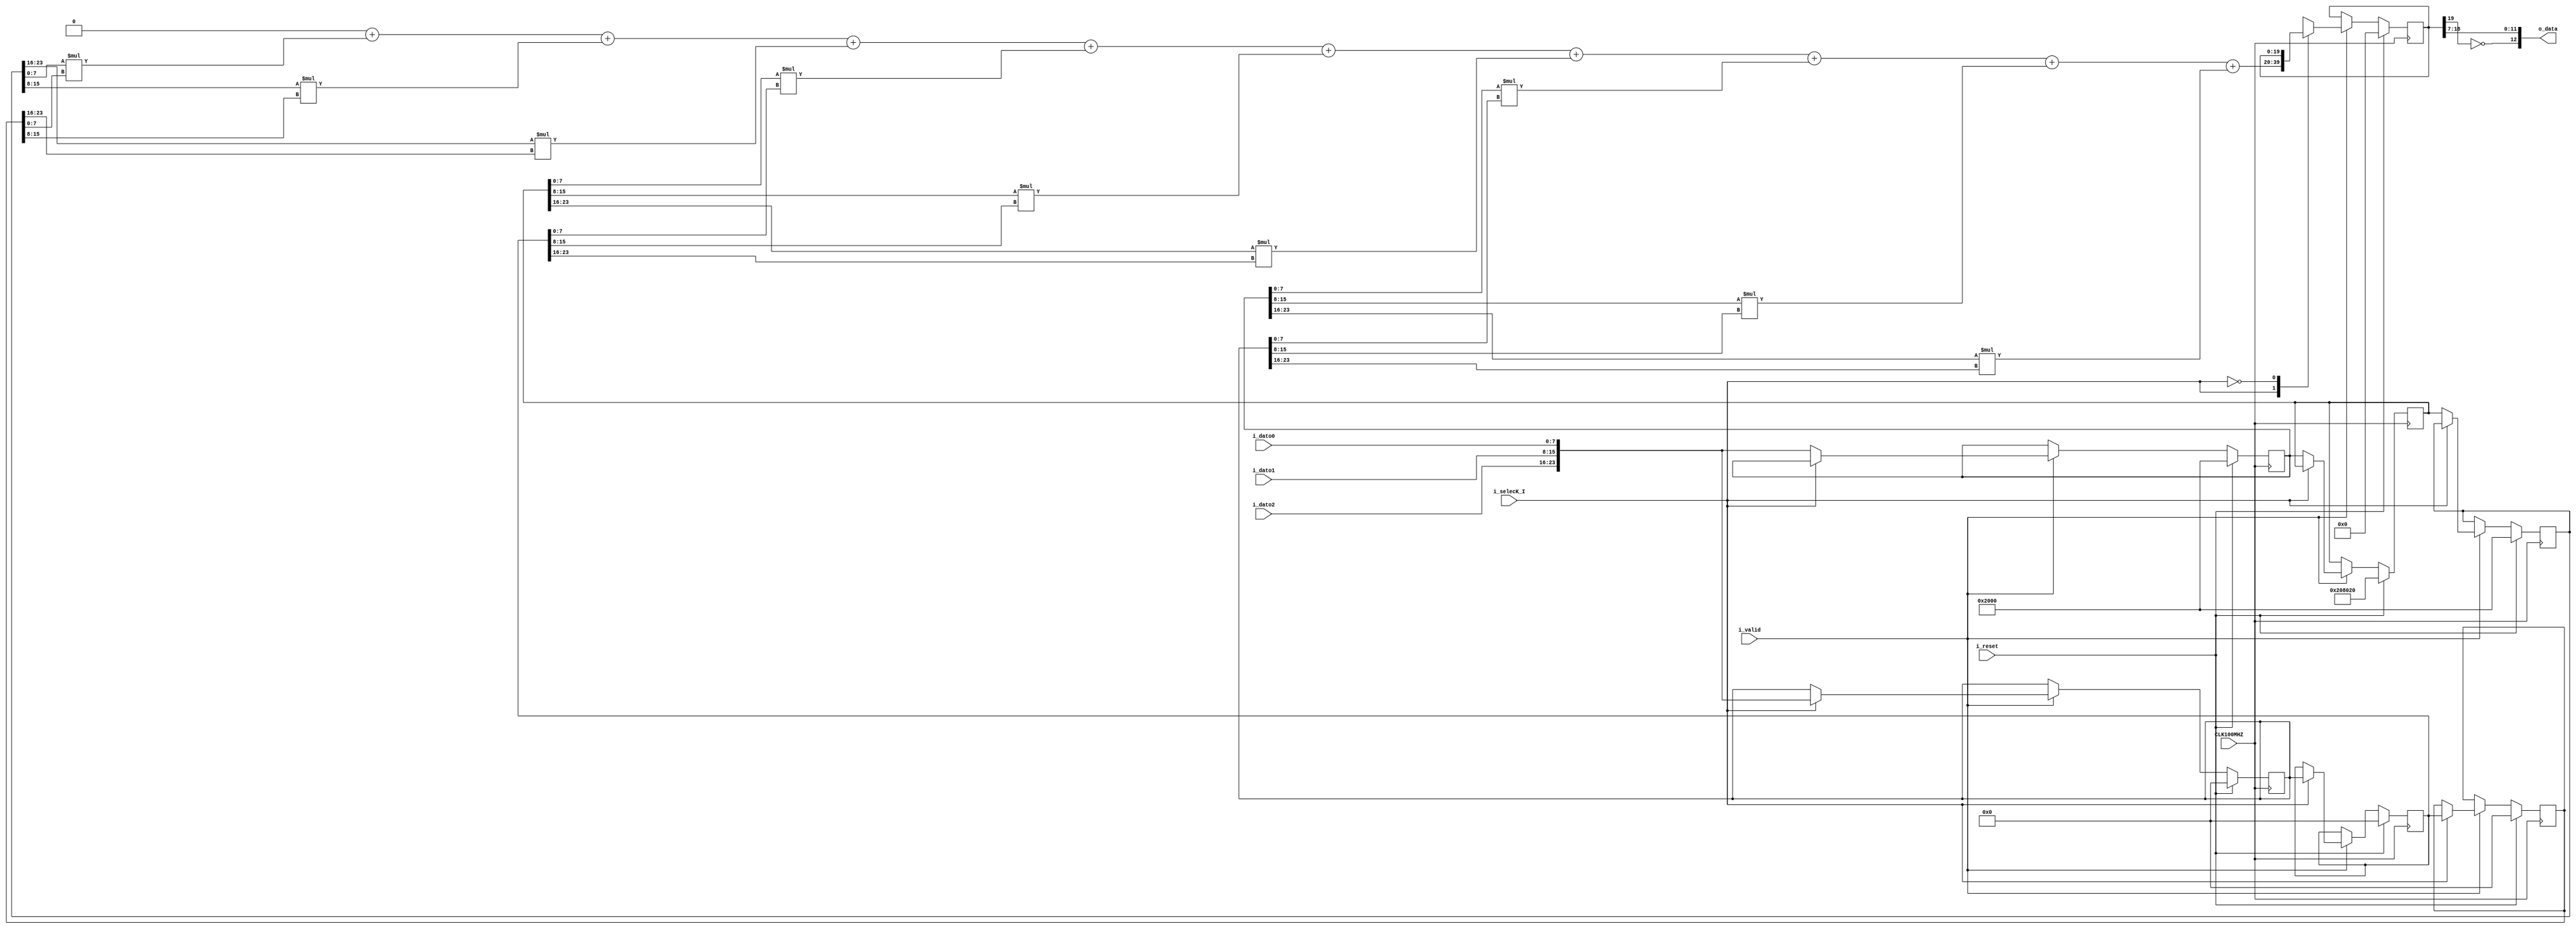
// This program was cloned from: https://github.com/ivanvig/2dconv-FPGA
// License: MIT License

`timescale 1ns / 1ps

`define BIT_LEN 8
`define CONV_LEN 20
`define CONV_LPOS 13
`define M_LEN 3

module Conv #(
    parameter BIT_LEN =`BIT_LEN,
    parameter CONV_LEN =`CONV_LEN,
    parameter CONV_LPOS = `CONV_LPOS,
    parameter M_LEN = `M_LEN
    )(
    output [CONV_LPOS-1:0] o_data,
    input [BIT_LEN-1:0] i_dato0,
    input [BIT_LEN-1:0] i_dato1,
    input [BIT_LEN-1:0] i_dato2,
    input i_selecK_I,
    input i_reset,
    input i_valid,
    input CLK100MHZ
    );
    // registros del kernel
    // [j][i] Primero columnas luego filas
    reg signed [3*BIT_LEN-1:0] kernel [0:M_LEN-1];    
    // registros de la imagen
    reg signed [3*BIT_LEN-1:0] imagen [0:M_LEN-1];

    // resultado
    reg [CONV_LEN-1:0]  conv_reg;

    // reg de la convolucion
    reg signed [CONV_LEN-1:0] resultado;
    
    //  el resto de los cables    
    wire clk, selecK_I, rst, valid;

    integer ptr_row;
    integer ptr_column;

    assign clk = CLK100MHZ;
    assign selecK_I = i_selecK_I; //KI=0 modo kernle k=1 modo imagen
    assign rst = i_reset;
    assign valid = i_valid;

    //Asigancion de Convolucion a la salida
    assign {o_data[CONV_LPOS-1],o_data[CONV_LPOS-2:0]}= {~conv_reg[CONV_LEN-1], conv_reg[CONV_LEN-2 : CONV_LEN-CONV_LPOS]};

    always @( posedge clk) begin
        if(rst) begin
            //reset valores de imagen
            imagen[0]<=24'h0;
            imagen[1]<=24'h0;
            imagen[2]<=24'h0;
            //reser valores de kernel . modif
            kernel[0]<=24'h002000;
            kernel[1]<=24'h208020;
            kernel[2]<=24'h002000;
            //regitro de la convolucion
            conv_reg<=0;
        end
        else if(valid)begin
            case (selecK_I)
                1'b1: begin
                    // imagen
                    imagen[0]<=imagen[1];
                    imagen[1]<=imagen[2];
                    imagen[2]<={i_dato2,i_dato1,i_dato0};
                    //latcheo de la salida 
                    conv_reg<= resultado;
                    //conv_reg<= resultado;
                end
                1'b0: begin
                    //kernel
                    kernel[0]<=kernel[1];
                    kernel[1]<=kernel[2];
                    kernel[2]<={i_dato2,i_dato1,i_dato0};
                    //salida
                    conv_reg<=conv_reg;

                end
            endcase
        end
        else begin 
            //imagen 
            imagen[0]<=imagen[0];
            imagen[1]<=imagen[1];
            imagen[2]<=imagen[2];
            //kernel
            kernel[0]<=kernel[0];
            kernel[1]<=kernel[1];
            kernel[2]<=kernel[2];
            //matengo el lacheo
            conv_reg<=conv_reg;
        end
    end
    
    //Arbol de Suma
    always @(*) begin
        resultado = 20'h0;
        for(ptr_row = 0 ; ptr_row < M_LEN ; ptr_row=ptr_row+1) 
        begin : SumaYMult
            for (ptr_column = 0 ; ptr_column < M_LEN ; ptr_column=ptr_column+1) 
            begin: SumaTop
                resultado = resultado + $signed(kernel[ptr_row][(ptr_column+1)*BIT_LEN-1 -: BIT_LEN])*
                                        $signed(imagen[ptr_row][(ptr_column+1)*BIT_LEN-1 -: BIT_LEN]);
            end
        end
    end
endmodule